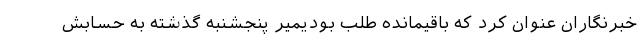
خبرنگاران عنوان کرد که باقیمانده طلب بودیمیر پنجشنبه گذشته به حسابش